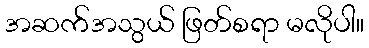
အဆက်အသွယ် ဖြတ်စရာ မလိုပါ။